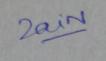
Signature authenticity: genuine